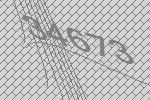
34673